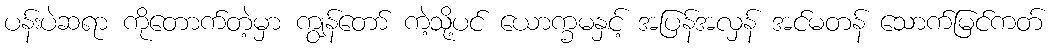
ပန်းပဲဆရာ ကိုတောက်တဲ့မှာ ကျွန်တော် ကဲ့သို့ပင် ယောက္ခမနှင့် အပြန်အလှန် အင်မတန် သောက်မြင်ကတ်